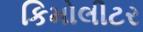
કિમોલીટર